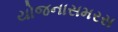
યોજનાસમરસ